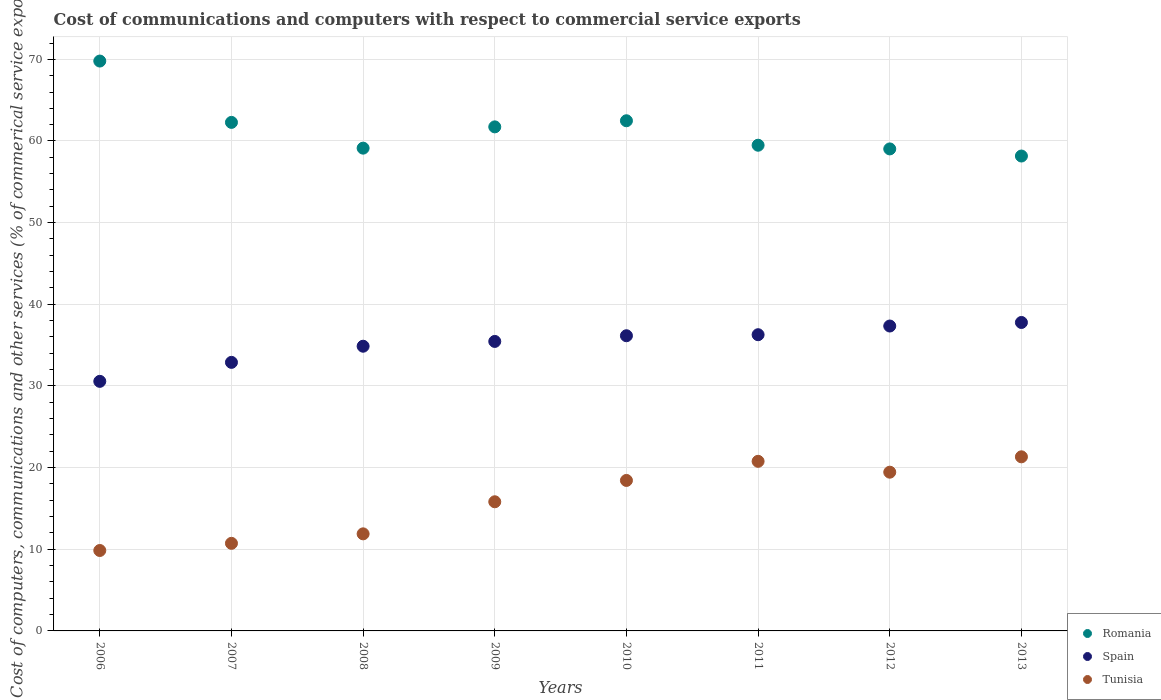
| Years | Romania | Spain | Tunisia |
 | --- | --- | --- | --- |
 | 2006 | 69.8 | 30.6 | 9.85 |
 | 2007 | 62.3 | 32.9 | 10.7 |
 | 2008 | 59.1 | 34.9 | 11.9 |
 | 2009 | 61.7 | 35.5 | 15.8 |
 | 2010 | 62.5 | 36.1 | 18.4 |
 | 2011 | 59.5 | 36.3 | 20.8 |
 | 2012 | 59 | 37.3 | 19.4 |
 | 2013 | 58.2 | 37.8 | 21.3 |